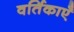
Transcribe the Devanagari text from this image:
वर्तिकाएँ